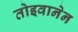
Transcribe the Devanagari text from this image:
तोइवानेन